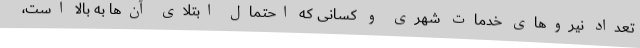
تعداد نیروهای خدمات شهری و کسانی که احتمال ابتلای آن‌ها به بالا است،